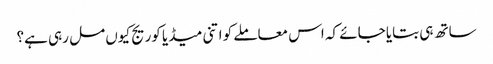
ساتھ ہی بتایا جائے کہ اس معاملے کو اتنی میڈیا کوریج کیوں مل رہی ہے؟